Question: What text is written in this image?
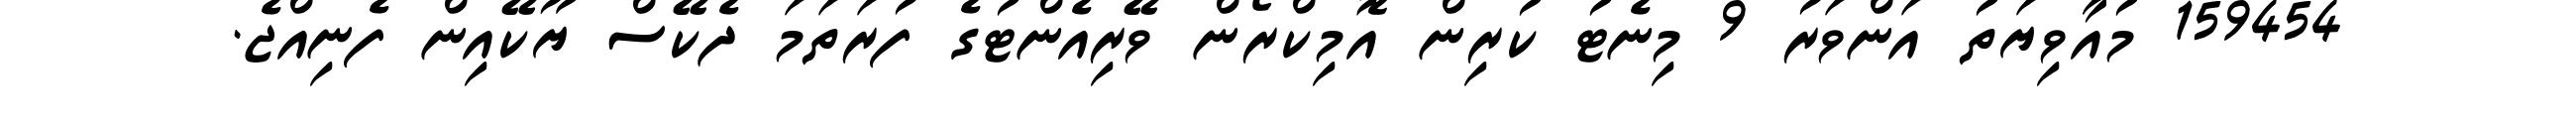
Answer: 159454 މުއާވިޔަތު އަންވަރު 9 މިނެޓު ކުރިން އޮމިކްރޯން ވޭރިއެންޓުގެ ފުރަތަމަ ދެކޭސް ޔޫކޭއިން ފެނިއްޖެ.